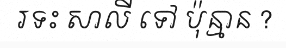
រទះ សាលី ទៅ ប៉ុន្មាន ?